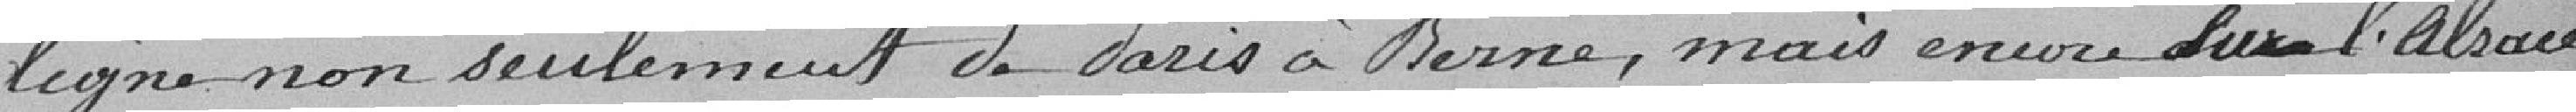
ligne non seulement de Paris à Berne, mais encore sur l'Alsace